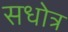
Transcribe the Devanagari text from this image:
सधोत्र